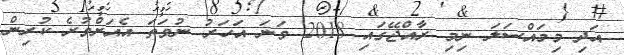
އަދި މިމައްސަލަ ނިމި ރާއްޖޭގައި 2018 ވަނަ އަހަރު ނުވަތަ އެއަށްވުރެ ކުރިން